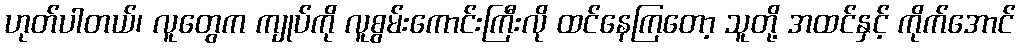
ဟုတ်ပါတယ်၊ လူတွေက ကျုပ်ကို လူစွမ်းကောင်းကြီးလို ထင်နေကြတော့ သူတို့ အထင်နှင့် ကိုက်အောင်